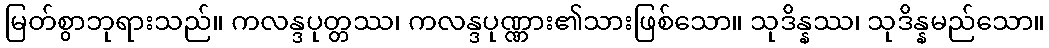
မြတ်စွာဘုရားသည်။ ကလန္ဒပုတ္တဿ၊ ကလန္ဒပုဏ္ဏား၏သားဖြစ်သော။ သုဒိန္နဿ၊ သုဒိန္နမည်သော။